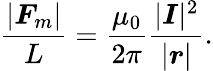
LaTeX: {\frac{|{\boldsymbol{F}}_{m}|}{L}}={\frac{\mu_{0}}{2\pi}}{\frac{|{\boldsymbol{I}}|^{2}}{|{\boldsymbol{r}}|}}.